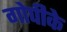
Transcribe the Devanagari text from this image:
गोपीके